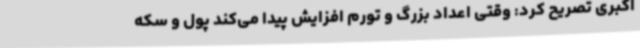
اکبری تصریح کرد: وقتی اعداد بزرگ و تورم افزایش پیدا می‌کند پول و سکه